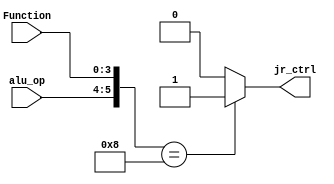
module jr_control(input [1:0]alu_op, input [3:0]Function, output jr_ctrl);
assign jr_ctrl = ({alu_op,Function}==6'b001000) ? 1'b1 : 1'b0;
endmodule